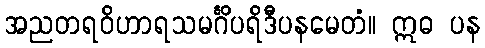
အညတရဝိဟာရသမင်္ဂိပရိဒီပနမေတံ။ ဣဓ ပန